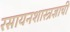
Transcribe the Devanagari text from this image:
रसायनशास्त्रज्ञाची